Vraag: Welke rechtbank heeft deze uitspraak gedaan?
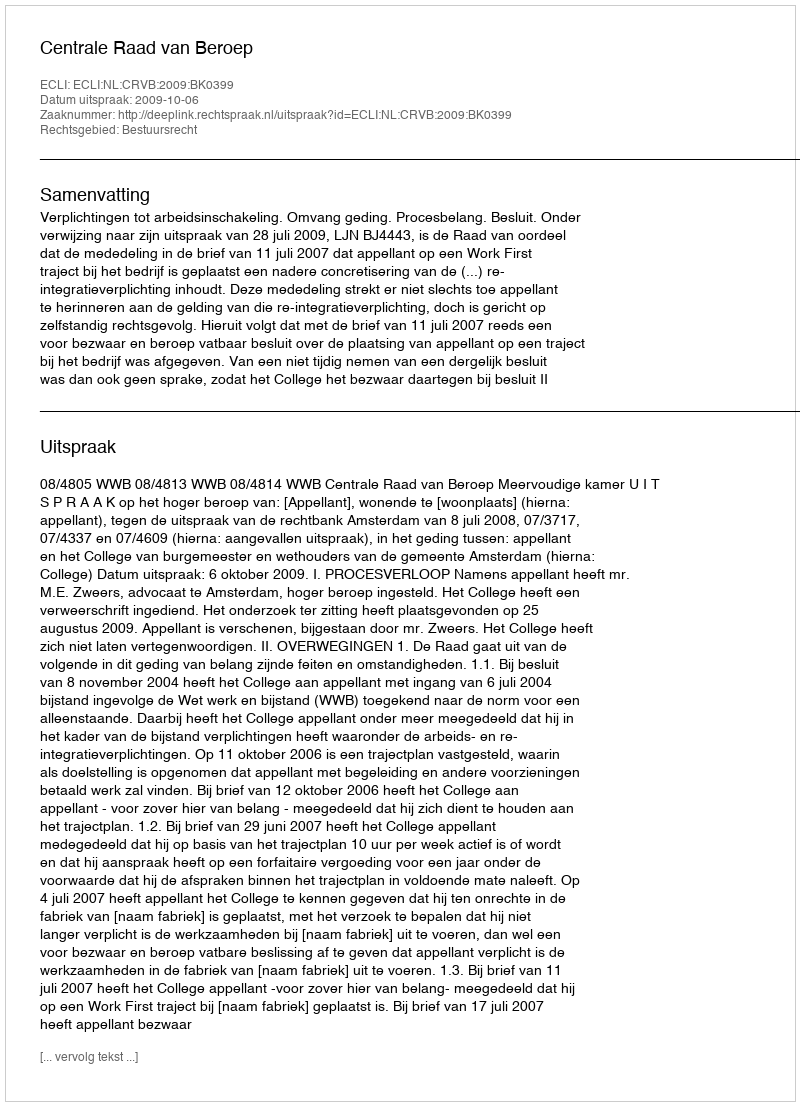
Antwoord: Centrale Raad van Beroep